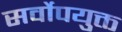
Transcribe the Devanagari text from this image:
सर्वोपयुक्त